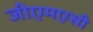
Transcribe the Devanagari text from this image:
जीएमएसी